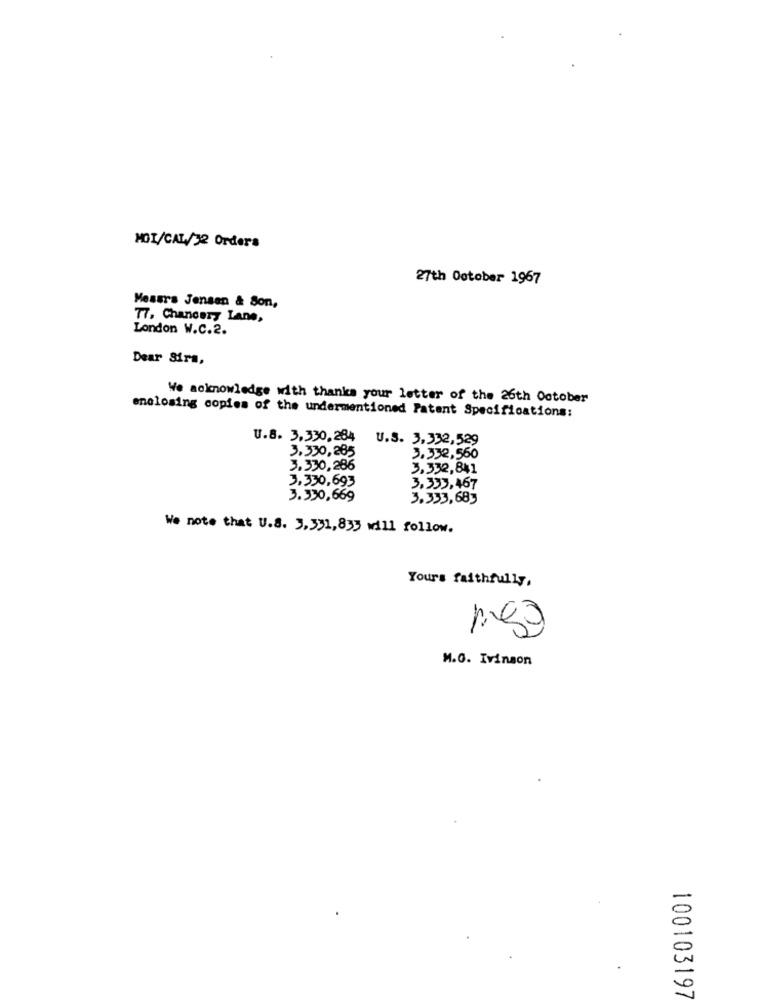
MOI/CAL/32 Orders
27th October 1967
Messrs Jensen & Son,
77, Chancery Lane,
London W.C.2.
Dear Sirs,
We acknowledge with thanks your letter of the 26th October
enclosing copies of the undermentioned Patent Specifications:
U.8. 3,330, 284
U.S. 3,332,529
3.330,285
3.332,560
3.330,286
3,332,841
3,330,693
3,333,467
3.330,669
3.333,683
We note that U.S. 3,331,835 will follow.
Yours faithfully,
M.O. Ivinson
100103197